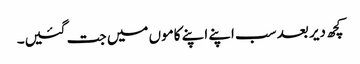
کچھ دیر بعد سب اپنے اپنے کاموں میں جت گئیں۔